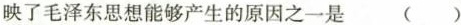
映了毛泽东思想能够产生的原因之一是 （ ）